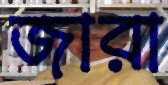
জারা